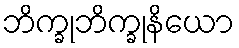
ဘိက္ခုဘိက္ခုနိယော